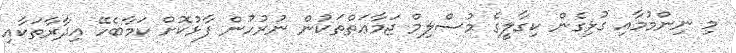
މި ނިންމުމާއި ގުޅިގެން ކިގާލީގެ މުސްލިމް ޖަމާޢަތްތަކުން ނުރުހުން ފާޅުކޮށް ކަމާބެހޭ އިދާރާތަކާއި